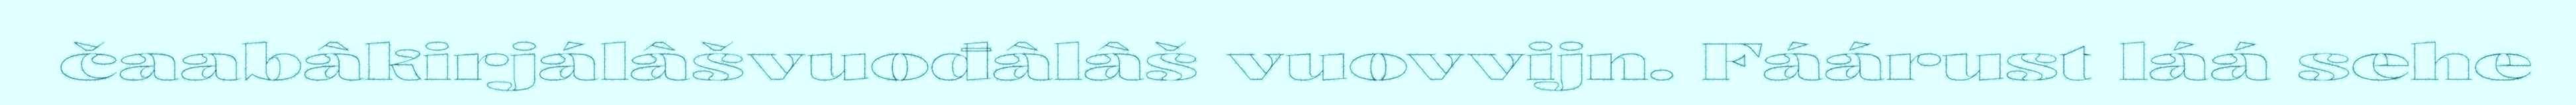
čaabâkirjálâšvuođâlâš vuovvijn. Fáárust láá sehe